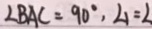
\angle B A C = 9 0 ^ { \circ } , \angle 1 = \angle